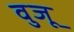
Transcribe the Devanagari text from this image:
वुजू